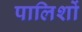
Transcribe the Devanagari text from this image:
पालिशों